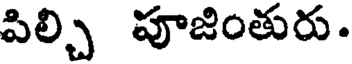
పిల్చి పూజింతురు.